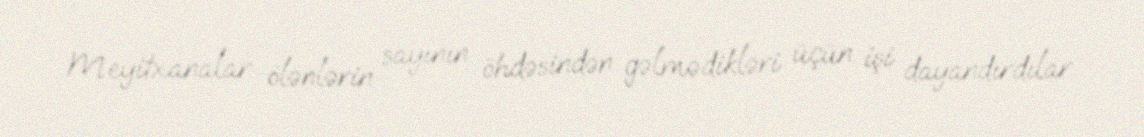
Meyitxanalar ölənlərin sayının öhdəsindən gəlmədikləri üçün işi dayandırdılar